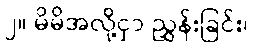
၂။ မိမိအလို့ငှာ ညွှန်းခြင်း၊